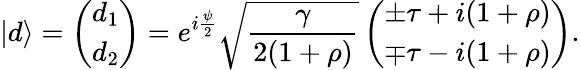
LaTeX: |d\rangle=\left(\begin{array}{l}{d_{1}}\\ {d_{2}}\end{array}\right)=e^{i\frac{\psi}{2}}\sqrt{\frac{\gamma}{2(1+\rho)}}\left(\begin{array}{l}{\pm\tau+i(1+\rho)}\\ {\mp\tau-i(1+\rho)}\end{array}\right).